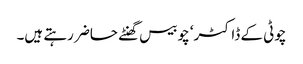
چوٹی کے ڈاکٹر‘ چوبیس گھنٹے حاضر رہتے ہیں۔